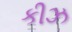
કીઝ